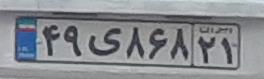
۴۹ی۸۶۸۲۱